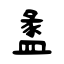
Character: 盠